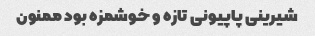
شیرینی پاپیونی تازه و خوشمزه بود ممنون